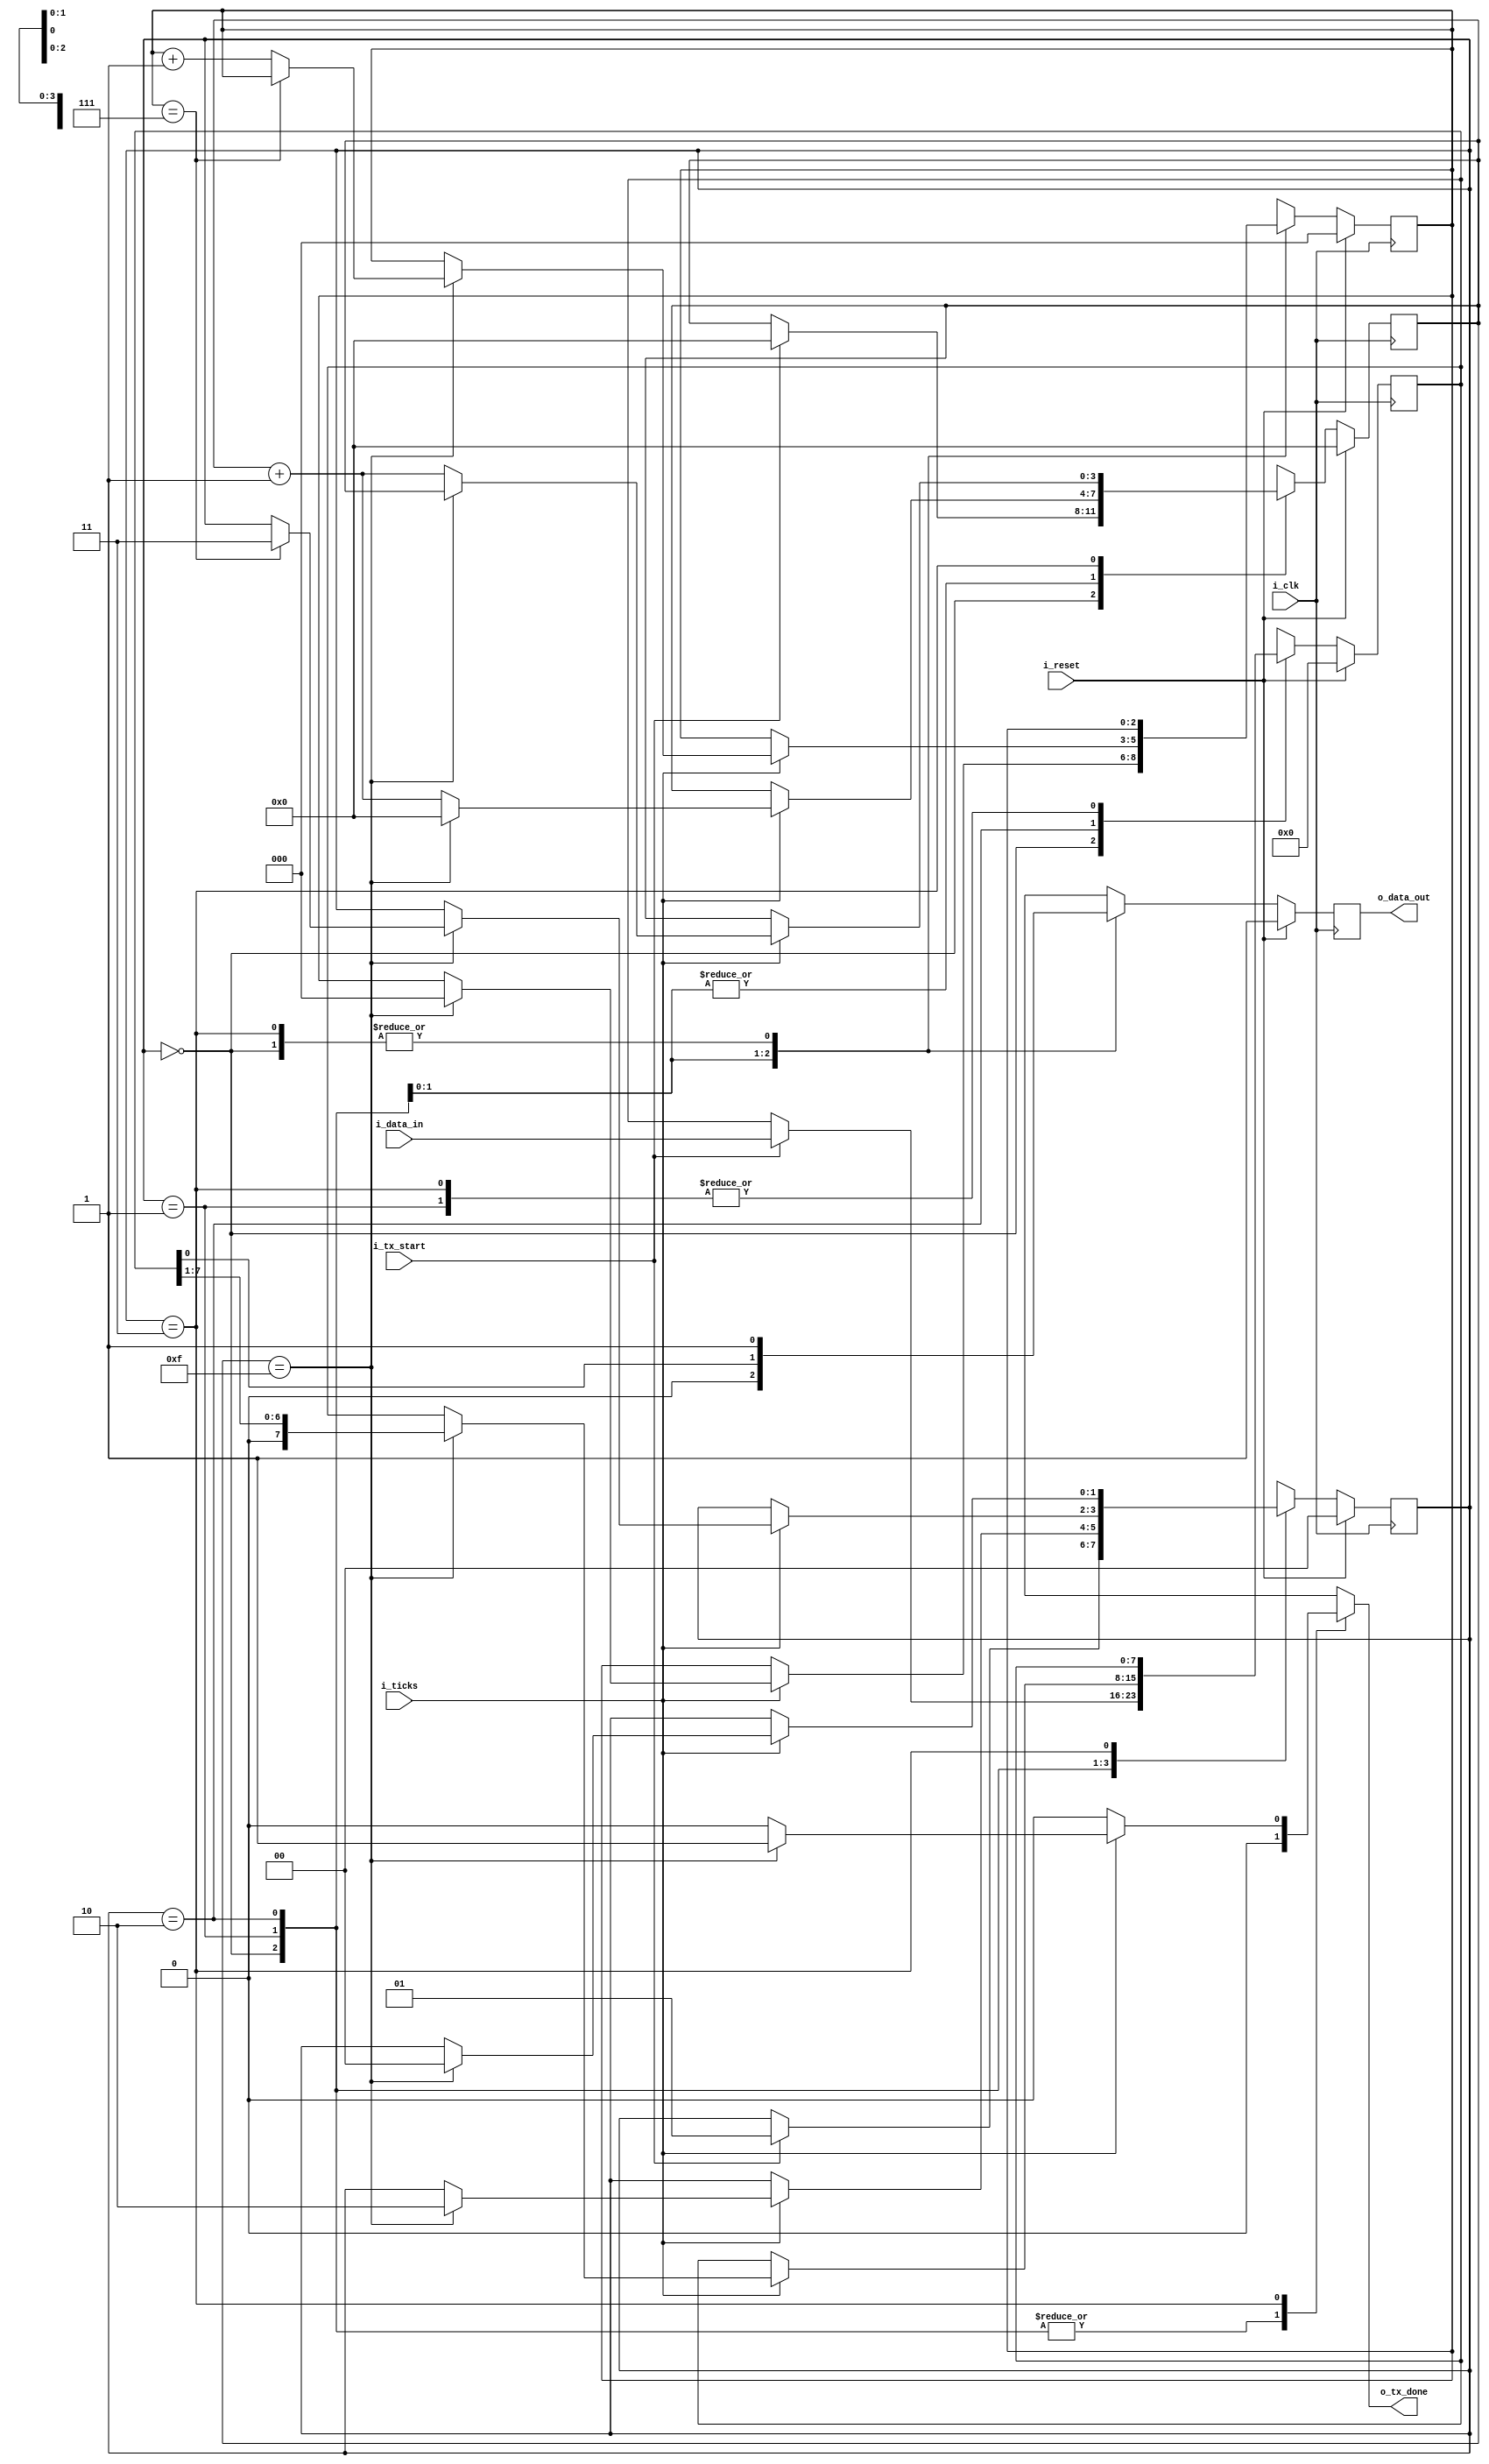
`timescale 1ns / 1ps

module tx_uart#
(
	parameter DATA_BITS = 8, 
	parameter N_TICKS	= 16 //Ticks para los bits de stop
)
(
	input  wire 				i_clk, i_reset,
	input  wire 				i_tx_start, i_ticks,
	input  wire [DATA_BITS-1:0] i_data_in,
	output reg  				o_tx_done,
	output wire 				o_data_out
);

	//declaracion de los estados
	localparam [1:0] IDLE  = 2'b00;
	localparam [1:0] START = 2'b01;
	localparam [1:0] DATA  = 2'b10;
	localparam [1:0] STOP  = 2'b11;
	
	//declaracion de variables
	reg [1:0]			state_reg, next_state;
	reg [2:0]			bits_counter, next_bit_counter; //contador de los bits
	reg [3:0]		    sampling_counter, next_sampling_counter; //contador de ticks
	reg [DATA_BITS-1:0]	buffer, next_buffer;
	reg 				tx_data, next_tx;
	
	//cambios de estado
	always @(posedge i_clk) begin:check_state
		if(i_reset)
		begin
			state_reg <= IDLE;
			
			sampling_counter <= 0;
			bits_counter	 <= 0;
			buffer		     <= 0;			
			tx_data 		 <= 1'b1;
		end
		else
		begin
			state_reg <= next_state;
			
			sampling_counter <= next_sampling_counter;
			bits_counter 	 <= next_bit_counter;
			buffer 		     <= next_buffer;
			tx_data 		 <= next_tx;
		end
	end
	
	//estado siguiente
	always @(*) begin:next
		next_state = state_reg;
		o_tx_done  = 1'b0;
		
		next_sampling_counter = sampling_counter;
		next_bit_counter	  = bits_counter;
		next_buffer			  = buffer;
		
		case(state_reg)
			IDLE:
			begin
				next_tx = 1'b1;
				if(i_tx_start)
				begin
					next_state = START;
					
					next_sampling_counter = 0;
					next_buffer           = i_data_in;
				end
			end
			
			START:
			begin
				next_tx = 1'b0;
				if(i_ticks)
				begin
					if(sampling_counter == 15)
					begin
						next_state = DATA;
						
						next_sampling_counter = 0;
						next_bit_counter	  = 0;
					end
					else
						next_sampling_counter = sampling_counter + 1;
				end
			end
			
			DATA:
			begin
				next_tx = buffer[0];
				if(i_ticks)
				begin
					if(sampling_counter == 15)
					begin
						next_sampling_counter = 0;
						next_buffer = buffer >> 1;
						if(bits_counter == (DATA_BITS-1))
							next_state = STOP;
						else
							next_bit_counter = bits_counter + 1;
					end
					else
						next_sampling_counter = sampling_counter + 1;
				end
			end
			
			STOP:
			begin
				next_tx = 1'b1;
				if(i_ticks)
				begin
					if(sampling_counter == (N_TICKS-1))
					begin
						next_state = IDLE;
						o_tx_done  = 1'b1;
					end
					else
						next_sampling_counter = sampling_counter + 1;
				end
			end
		endcase
	end
	
	//output
	assign o_data_out = tx_data;
endmodule